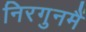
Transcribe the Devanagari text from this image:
निरगुनमैं